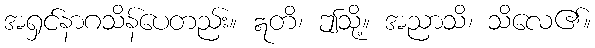
အရှင်နာဂသိန်ပေတည်း။ ဣတိ၊ ဤသို့။ အညာသိ၊ သိလေ၏။